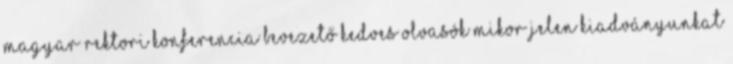
Magyar Rektori Konferencia Bevezető Kedves Olvasók Mikor jelen kiadványunkat